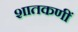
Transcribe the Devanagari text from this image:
शातकणीं